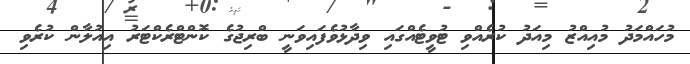
މުހައްމަދު މުއިއްޒު މިއަދު ކުރެއްވި ޓުވީޓެއްގައި ވިދާޅުވެފައިވަނީ ބްރިޖުގެ ކޮންޓްރެކްޓަރު އިއުލާން ކުރެވި